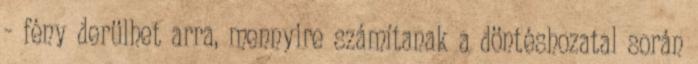
- fény derülhet arra, mennyire számítanak a döntéshozatal során